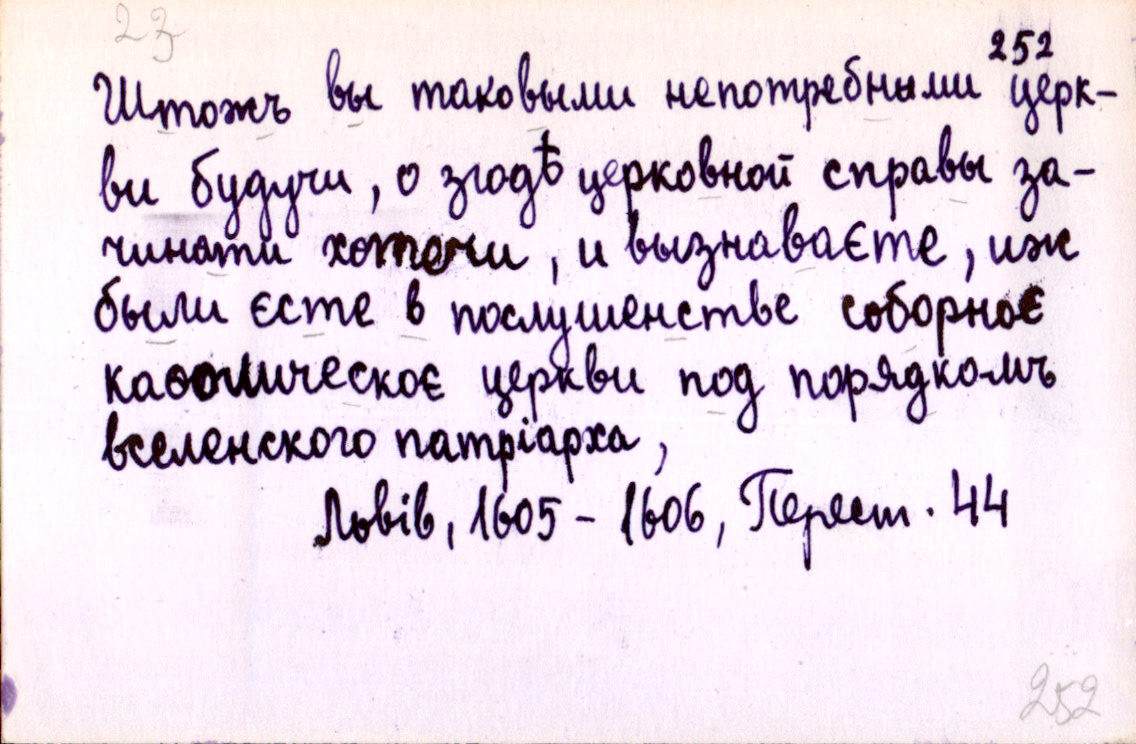
Штожъ вы таковыми непотребными церк-
ви будучи, о згодѣ церковной справы за-
чинати хотечи, и вызнаваєте, иж
были єсте в послушенстве соборноє
каѳолическоє церкви под порядкомъ
вселенского патріарха,
Львів, 1605 - 1606, Перест. 44